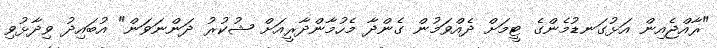
"ރާއްޖެއިން އަޅުގަނޑުމެންގެ ޓީމަށް ދެއްވަމުން ގެންދާ މެހުމާންދާރީއަށް ޝުކުރު ދަންނަވަން" އުބައިދު ވިދާޅުވި